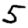
Digit: 5